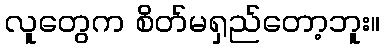
လူတွေက စိတ်မရှည်တော့ဘူး။